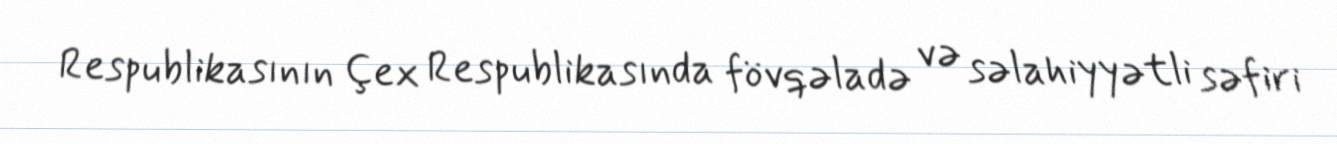
Respublikasının Çex Respublikasında fövqəladə və səlahiyyətli səfiri